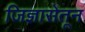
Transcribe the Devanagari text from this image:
जिज्ञासेतून